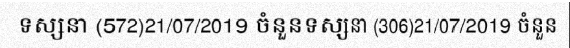
ទស្សនា (572)21/07/2019 ចំនួនទស្សនា (306)21/07/2019 ចំនួន